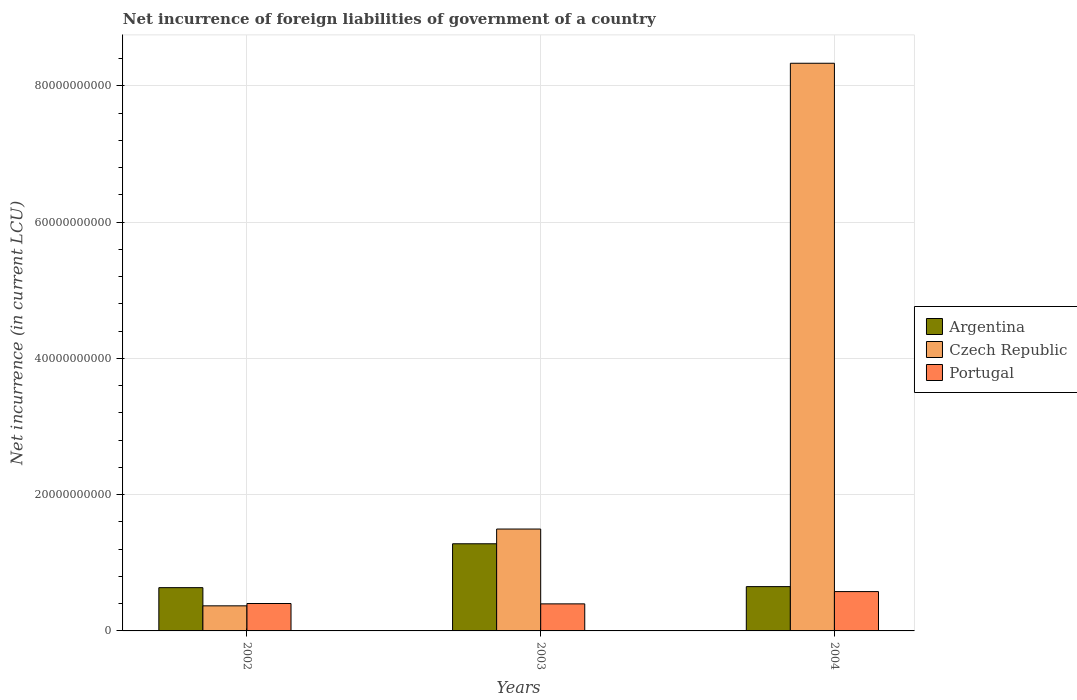
| Years | Argentina | Czech Republic | Portugal |
 | --- | --- | --- | --- |
 | 2002 | 6.35e+09 | 3.68e+09 | 4.02e+09 |
 | 2003 | 1.28e+10 | 1.5e+10 | 3.97e+09 |
 | 2004 | 6.5e+09 | 8.33e+10 | 5.77e+09 |